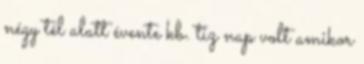
négy tél alatt évente kb. tiz nap volt amikor